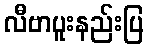
လီဗာပူးနည်းပြ